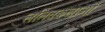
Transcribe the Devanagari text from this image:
ललितकलाओं